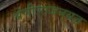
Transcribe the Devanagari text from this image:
श्रेणीःराजनयज्ञ